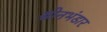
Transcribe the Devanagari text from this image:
सोनभंडार